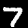
Label: 7